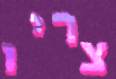
צריו